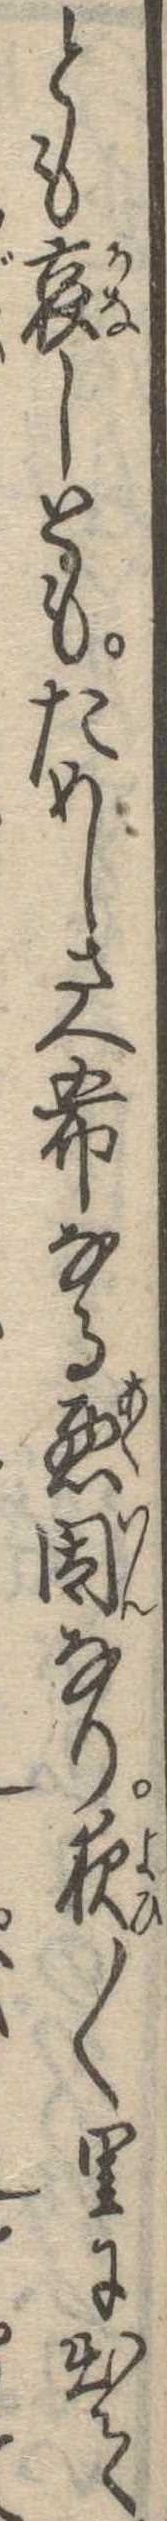
とも哀しともためしさへ希なる悪因なり夜〱里に出て